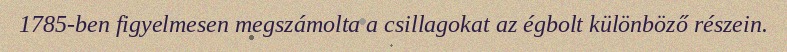
1785-ben figyelmesen megszámolta a csillagokat az égbolt különböző részein.